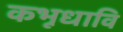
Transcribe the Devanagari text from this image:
कभूधावि